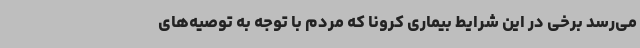
می‌رسد برخی در این شرایط بیماری کرونا که مردم با توجه به توصیه‌های